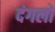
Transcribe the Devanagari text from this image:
दंगलो